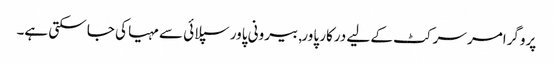
پروگرامر سرکٹ کے لیے درکار پاور, بیرونی پاور سپلائی سے مہیا کی جا سکتی ہے۔